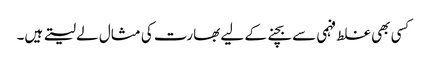
کسی بھی غلط فہمی سے بچنے کے لیے بھارت کی مثال لے لیتے ہیں۔